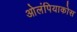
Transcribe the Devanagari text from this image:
ओलंपियाकोस